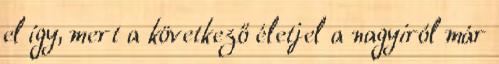
el így, mert a következő életjel a nagyiról már